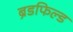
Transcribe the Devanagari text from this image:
ब्रेडफिल्ड